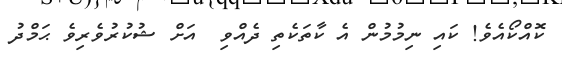
ކޮއްކޯއެވެ! ކައި ނިމުމުން އެ ކާތަކެތި ދެއްވި  އަށް ޝުކުރުވެރިވެ ޙަމްދު